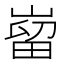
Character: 𫶌